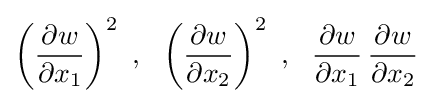
\left({\frac {\partial w}{\partial x_{1}}}\right)^{2}~,~~\left({\frac {\partial w}{\partial x_{2}}}\right)^{2}~,~~{\frac {\partial w}{\partial x_{1}}}\,{\frac {\partial w}{\partial x_{2}}}